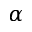
\alpha